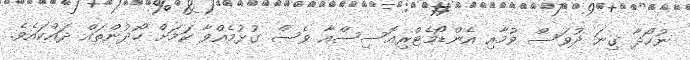
ނުހޯދާ ގިނަ ދުވަސް ވުމާއި އެންޑޯމެޓްރިއޮސިސްއާ ވެސް ގުޅުމެއްވާ ކަމަށް ހޯދުންތައް ދައްކައެވެ.